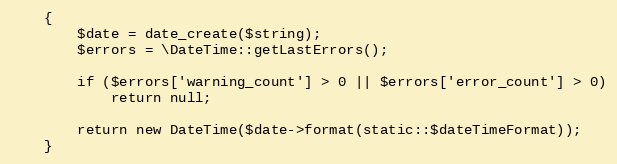
Language: PHP
	{
		$date = date_create($string);
		$errors = \DateTime::getLastErrors();

		if ($errors['warning_count'] > 0 || $errors['error_count'] > 0)
			return null;

		return new DateTime($date->format(static::$dateTimeFormat));
	}